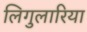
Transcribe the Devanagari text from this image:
लिगुलारिया